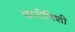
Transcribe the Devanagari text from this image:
छाटीनिशी